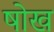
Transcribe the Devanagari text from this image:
षोख